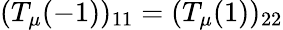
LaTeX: (T_{\mu}(-1))_{11}=(T_{\mu}(1))_{22}